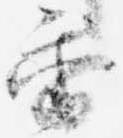
香